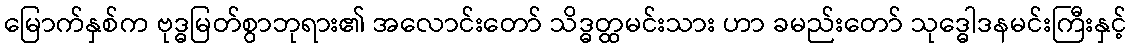
မြောက်နှစ်က ဗုဒ္ဓမြတ်စွာဘုရား၏ အလောင်းတော် သိဒ္ဓတ္ထမင်းသား ဟာ ခမည်းတော် သုဒ္ဓေါဒနမင်းကြီးနှင့်